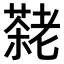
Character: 𫅷